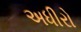
અધીરો